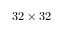
3 2 \times 3 2